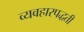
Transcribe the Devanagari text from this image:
व्यवहारपद्धती